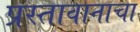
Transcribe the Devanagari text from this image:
प्रस्तावानाचा